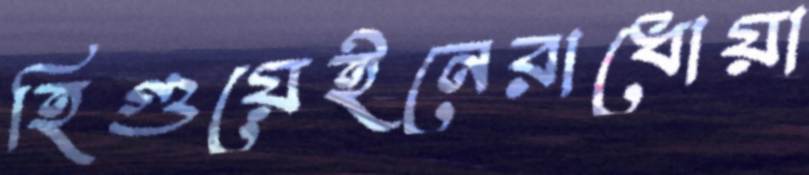
হিগুয়েইনেরাধোয়া